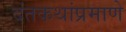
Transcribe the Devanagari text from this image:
दंतकथांप्रमाणे